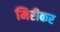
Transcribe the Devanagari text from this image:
मिरीकर